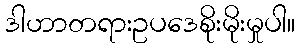
ဒါဟာတရားဥပဒေစိုးမိုးမှုပါ။